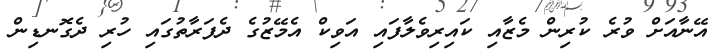
އޭނާއަށް ވުރެ ކުރިން މެޒާއި ކައިރިވެލާފައި އަވިކް އެމޭޒުގެ ދެފަރާތުގައި ހުރި ދެގޮނޑިން